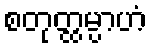
စတုတ္ထမ္ပာဟံ